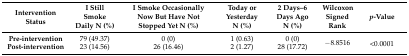
| Intervention Status | I Still Smoke Daily N (%) | I Smoke Occasionally Now But Have Not Stopped Yet N (%) | Today or Yesterday N (%) | 2 Days–6 Days Ago N (%) | Wilcoxon Signed Rank | p-Value |
 | --- | --- | --- | --- | --- | --- | --- |
 | Pre-intervention | 79 (49.37) | 0 (0) | 1 (0.63) | 0 (0) | <ROWSPAN=2> −8.8516 | <ROWSPAN=2> <0.0001 |
 | Post-intervention | 23 (14.56) | 26 (16.46) | 2 (1.27) | 28 (17.72) |